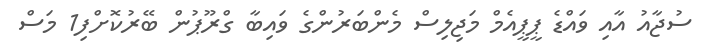
ސުޖާއު އާއި ވައްޑެ ޕީޕީއެމް މަޖިލިސް މެންބަރުންގެ ވައިބާ ގްރޫޕުން ބޭރުކޮށްފި1 މަސް